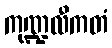
ကုဏ္ဍလီကတံ